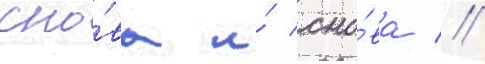
сно́ва и́ сно́ва //